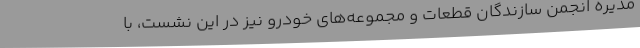
مدیره انجمن سازندگان قطعات و مجموعه‌های خودرو نیز در این نشست، با